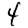
Digit: 4